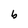
Character: b